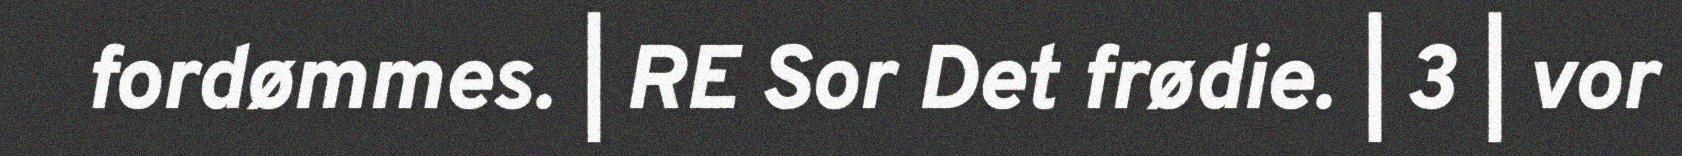
fordømmes. | RE Sor Det frødie. | 3 | vor